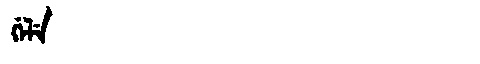
Manchu: ᡤᡝᠯᡝ
Romanization: GELE